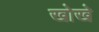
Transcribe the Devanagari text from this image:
खोखे